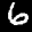
Label: 6